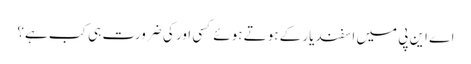
اے این پی میں اسفند یار کے ہوتے ہوئے کسی اور کی ضرورت ہی کب ہے؟